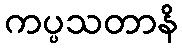
ကပ္ပသတာနိ